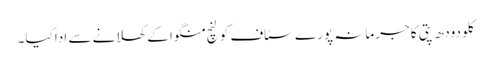
کلو دودھ پتی کا جرمانہ پورے سٹاف کو لنچ منگوا کے کھلانے سے ادا کیا۔